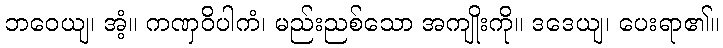
ဘဝေယျ၊ အံ့။ ကဏှဝိပါကံ၊ မည်းညစ်သော အကျိုးကို။ ဒဒေယျ၊ ပေးရာ၏။